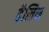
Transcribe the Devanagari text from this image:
हैलिन